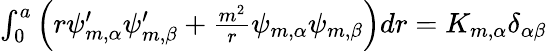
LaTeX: \begin{array}{r}{\int_{0}^{a}\left(r\psi_{m,\alpha}^{\prime}\psi_{m,\beta}^{\prime}+\frac{m^{2}}{r}\psi_{m,\alpha}\psi_{m,\beta}\right)dr=K_{m,\alpha}\delta_{\alpha\beta}}\end{array}